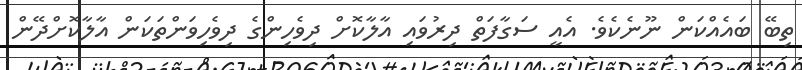
ތިބޭ ބައެއްކަން ނޫނެކެވެ. އެއީ ސަގާފަތް ދިރުވައި އާލާކޮށް ދިވެހިންގެ ދިވެހިވަންތަކަން އާލާކޮށްދޭން